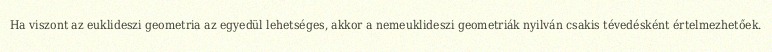
Ha viszont az euklideszi geometria az egyedül lehetséges, akkor a nemeuklideszi geometriák nyilván csakis tévedésként értelmezhetőek.